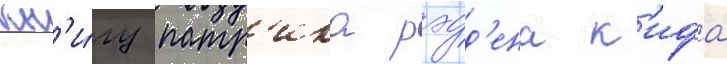
кн'и́гу патр'ика рэдд'ена к'ифа